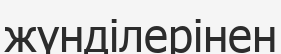
жүнділерінен